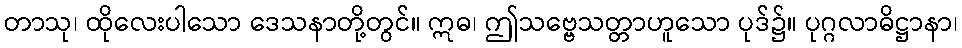
တာသု၊ ထိုလေးပါသော ဒေသနာတို့တွင်။ ဣဓ၊ ဤသဗ္ဗေသတ္တာဟူသော ပုဒ်၌။ ပုဂ္ဂလာဓိဋ္ဌာနာ၊